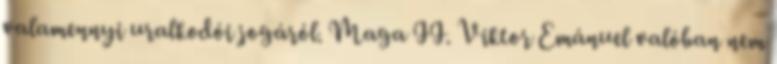
valamennyi uralkodói jogáról. Maga II. Viktor Emánuel valóban nem